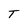
Character: T